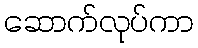
ဆောက်လုပ်ကာ